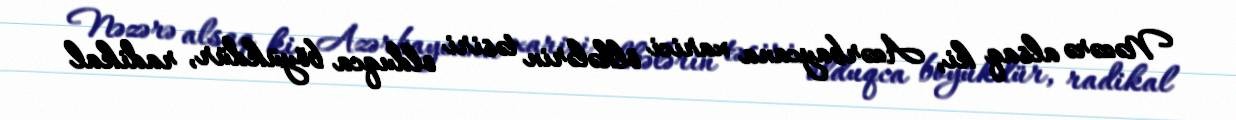
Nəzərə alsaq ki, Azərbaycana xarici ölkələrin təsiri olduqca böyükdür, radikal